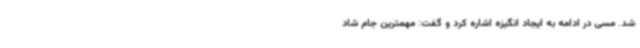
شد. مسی در ادامه به ایجاد انگیزه اشاره کرد و گفت: مهمترین جام شاد